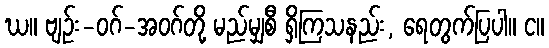
ဃ။ ဗျဉ်း-ဝဂ်-အဝဂ်တို့ မည်မျှစီ ရှိကြသနည်း, ရေတွက်ပြပါ။ င။